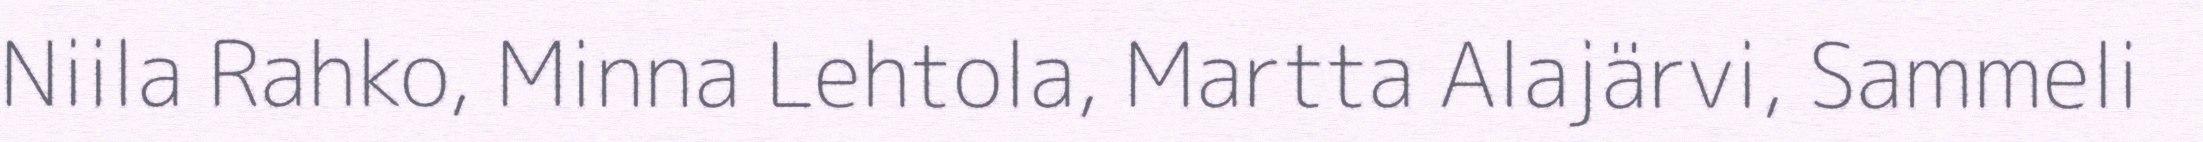
Niila Rahko, Minna Lehtola, Martta Alajärvi, Sammeli